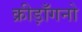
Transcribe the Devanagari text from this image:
क्रीड़ाँगनो